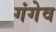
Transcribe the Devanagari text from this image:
गंगेव